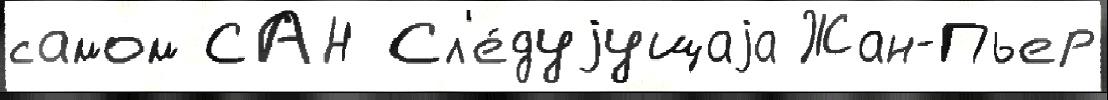
самом САН Сл'е́дуjущаjа Жан-Пьер